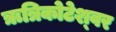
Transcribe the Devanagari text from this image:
ऋत्रिकोटेश्‍वर